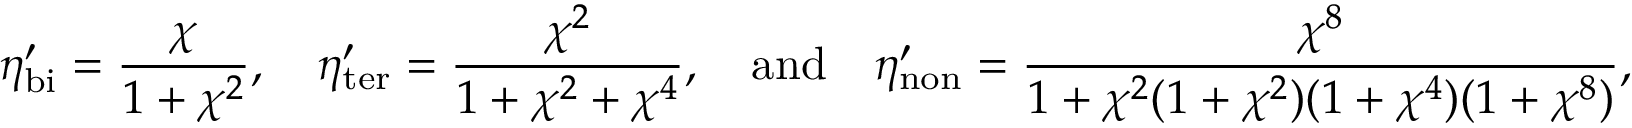
\eta _ { \mathrm { b i } } ^ { \prime } = \frac { \chi } { 1 + \chi ^ { 2 } } , \quad \eta _ { \mathrm { t e r } } ^ { \prime } = \frac { \chi ^ { 2 } } { 1 + \chi ^ { 2 } + \chi ^ { 4 } } , \quad \mathrm { a n d } \quad \eta _ { \mathrm { n o n } } ^ { \prime } = \frac { \chi ^ { 8 } } { 1 + \chi ^ { 2 } ( 1 + \chi ^ { 2 } ) ( 1 + \chi ^ { 4 } ) ( 1 + \chi ^ { 8 } ) } ,